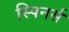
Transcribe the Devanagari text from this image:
स्पिनर्स